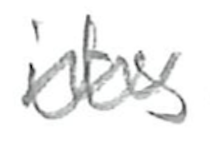
Text: its
Cross-out: wave
Writing tool: pencil